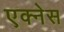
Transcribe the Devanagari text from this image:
एक्नेस